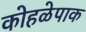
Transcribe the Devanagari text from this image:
कोहळेपाक